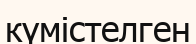
күмістелген